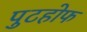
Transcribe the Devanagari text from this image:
पुटहोफ